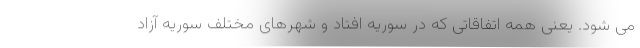
می شود. یعنی همه اتفاقاتی که در سوریه افتاد و شهرهای مختلف سوریه آزاد